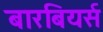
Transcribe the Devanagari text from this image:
बारबियर्स